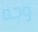
وجه